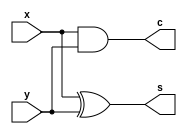
module HA(s, c, x, y);
input x, y;
output s, c;

xor xor1(s,x,y);
and and1(c,x,y);
 
endmodule